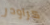
كراودر